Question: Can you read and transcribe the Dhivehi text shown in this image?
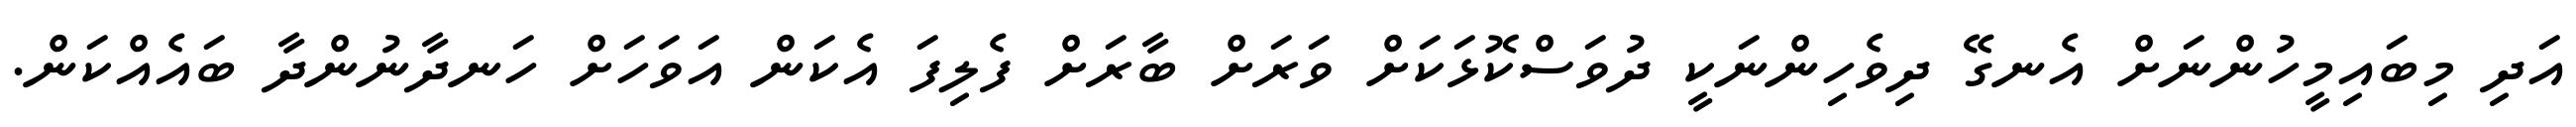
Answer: އަދި މިބައިމީހުންނަށް އެނގޭ ދިވެހިންނަކީ ދުވަސްކޮޅަކަށް ވަރަށް ބާރަށް ފެލިފަ އެކަން އަވަހަށް ހަނދާނުންދާ ބައެއްކަން.